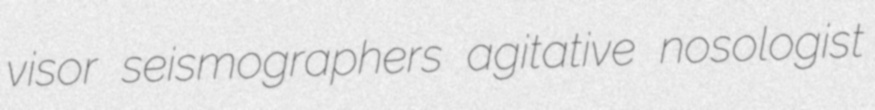
visor seismographers agitative nosologist